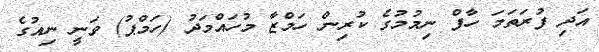
އަދި ފުރަތަމަ ހާފް ނިމުމުގެ ކުރިން ހަމްޒާ މުހައްމަދު (ހަމްޕު) ވަނީ ނިއުގެ